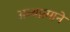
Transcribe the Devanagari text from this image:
अध्यात्माने